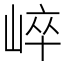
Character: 崪